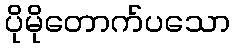
ပိုမိုတောက်ပသော